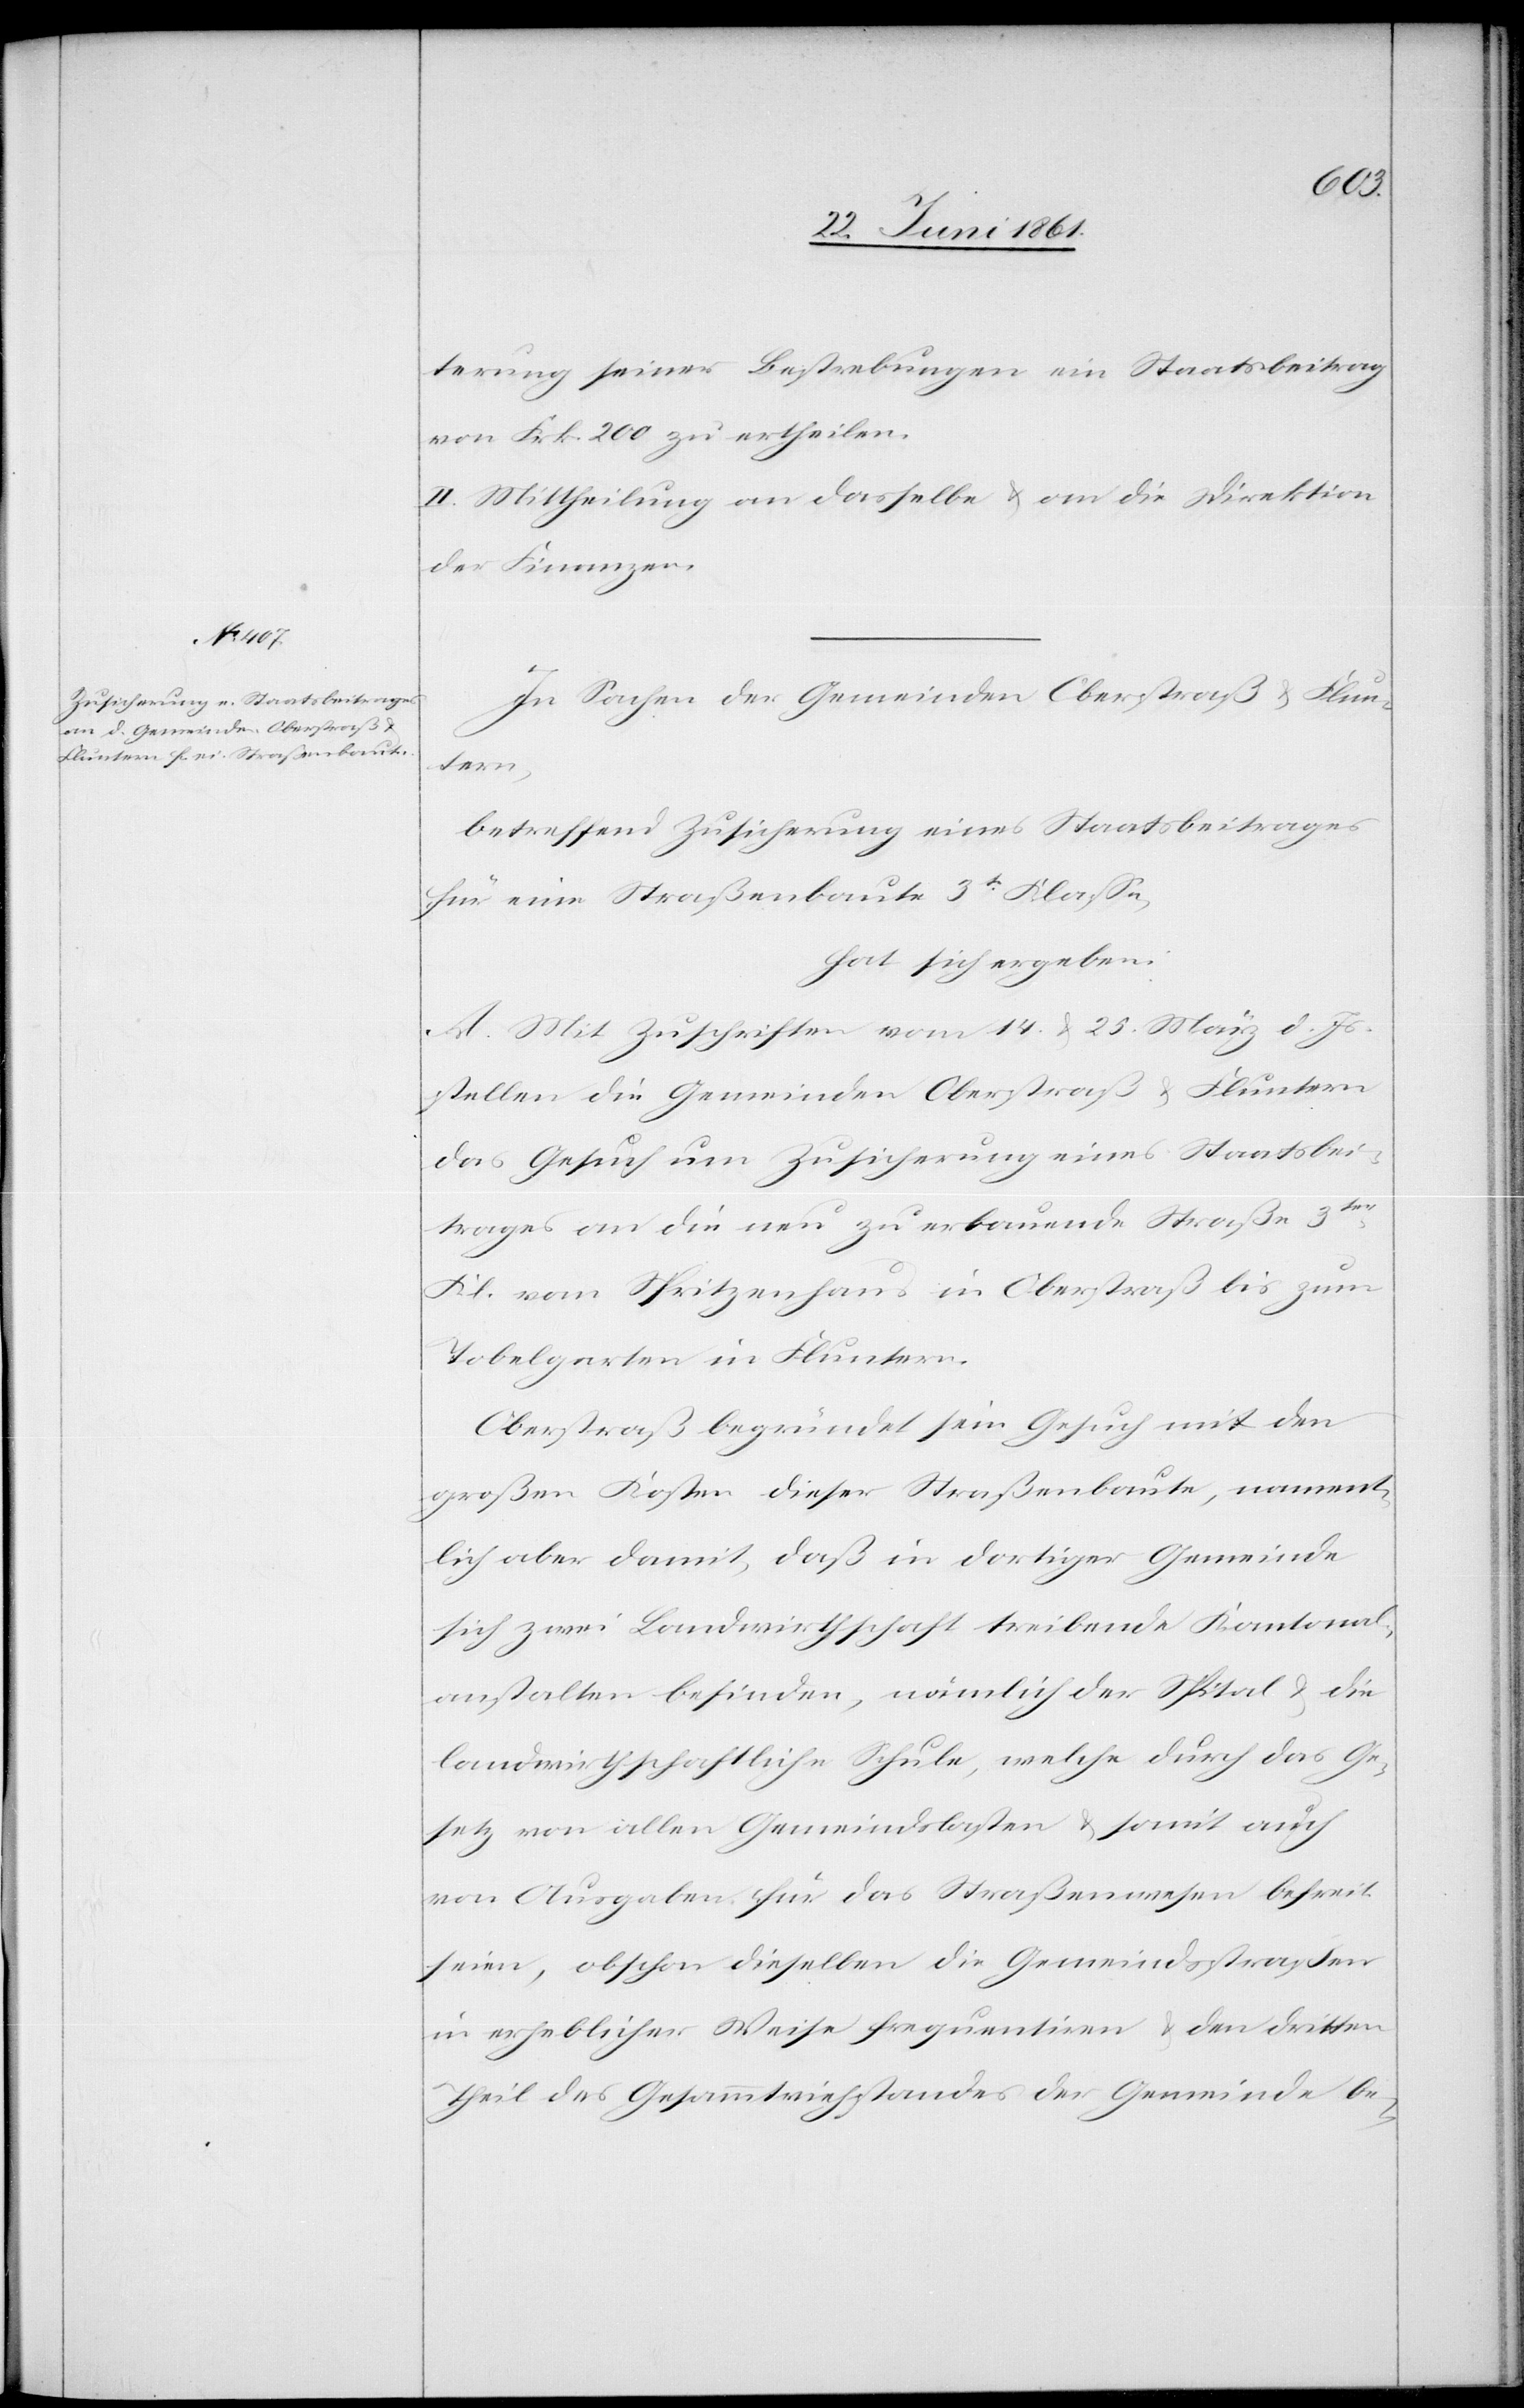
terung seiner Bestrebungen ein Staatsbeitrag
von Frk. 200 zu ertheilen.
II. Mittheilung an dasselbe u. an die Direktion
der Finanzen.
In Sachen der Gemeinden Oberstraß u. Flun¬
tern,
betreffend Zusicherung eines Staatsbeitrages
für eine Straßenbaute 3t Klasse,
hat sich ergeben:
A. Mit Zuschriften vom 14. u. 25. März d. Js.
stellen die Gemeinden Oberstraß u. Fluntern
das Gesuch um Zusicherung eines Staatsbei¬
trages an die neu zu erbauende Straße 3ter
Kl. vom Spritzenhaus in Oberstraß bis zum
Tobelgarten in Fluntern.
Oberstraß begründet sein Gesuch mit den
großen Kosten dieser Straßenbaute, nament¬
lich aber damit, daß in dortiger Gemeinde
sich zwei Landwirthschaft treibende Kantonal¬
anstalten befinden, nämlich der Spital u. die
landwirtschaftliche Schule, welche durch das Ge¬
setz von allen Gemeindslasten u. somit auch
von Ausgaben für das Straßenwesen befreit
seien, obschon dieselben die Gemeindsstraßen
in erheblicher Weise frequentiren u. den dritten
Theil des Gesammtviehstandes der Gemeinde be-